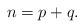
LaTeX: \begin{align*} n = p+q.\end{align*}